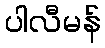
ပါလီမန်